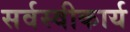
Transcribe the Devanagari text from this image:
सर्वस्वीकार्य